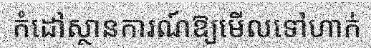
កំដៅស្ថានការណ៍ឱ្យមើលទៅហាក់